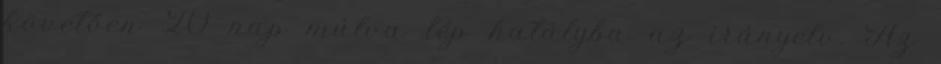
követően 20 nap múlva lép hatályba az irányelv. Az